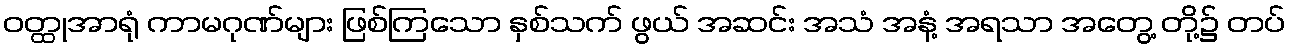
ဝတ္ထုအာရုံ ကာမဂုဏ်များ ဖြစ်ကြသော နှစ်သက် ဖွယ် အဆင်း အသံ အနံ့ အရသာ အတွေ့ တို့၌ တပ်